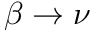
\beta \to \nu